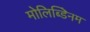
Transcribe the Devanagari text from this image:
मोलिब्डेिनम